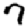
Digit: 7